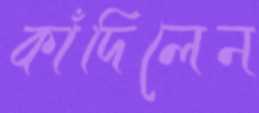
কাঁদিলেন